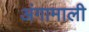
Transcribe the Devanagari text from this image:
अंगामाली